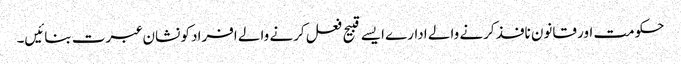
حکومت اور قانون نافذ کرنے والے ادارے ایسے قبیح فعل کرنے والے افراد کو نشان عبرت بنائیں۔